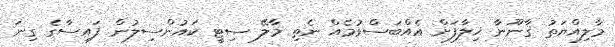
މާލިއްޔަތު ޤާނޫނާ ޚިލާފަށް އެއްބަސްވުމެއް ނެތި މާލޭ ސިޓީ ކައުންސިލުން ފައިސާގެ ގިނަ